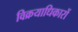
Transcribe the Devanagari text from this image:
विक्रयाधिकारों